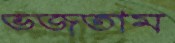
ভজতাম